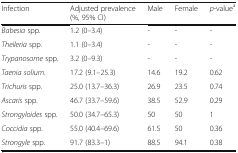
| Infection | Adjusted prevalence(%, 95% CI) | Male | Female | p-valuea |
 | --- | --- | --- | --- | --- |
 | Babesia spp. | 1.2 (0–3.4) | - | - | - |
 | Theileria spp. | 1.1 (0–3.4) | - | - | - |
 | Trypanosome spp. | 3.2 (0–9.3) | - | - | - |
 | Taenia solium. | 17.2 (9.1–25.3) | 14.6 | 19.2 | 0.62 |
 | Trichuris spp. | 25.0 (13.7–36.3) | 26.9 | 23.5 | 0.74 |
 | Ascaris spp. | 46.7 (33.7–59.6) | 38.5 | 52.9 | 0.29 |
 | Strongyloides spp. | 50.0 (34.7–65.3) | 50 | 50 | 1 |
 | Coccidia spp. | 55.0 (40.4–69.6) | 61.5 | 50 | 0.36 |
 | Strongyle spp. | 91.7 (83.3–1) | 88.5 | 94.1 | 0.38 |